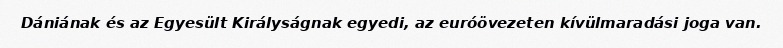
Dániának és az Egyesült Királyságnak egyedi, az euróövezeten kívülmaradási joga van.